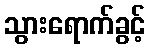
သွားရောက်ခွင့်